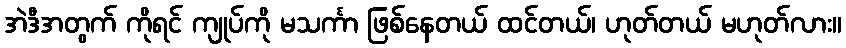
အဲဒီအတွက် ကိုရင် ကျုပ်ကို မသင်္ကာ ဖြစ်နေတယ် ထင်တယ်၊ ဟုတ်တယ် မဟုတ်လား။